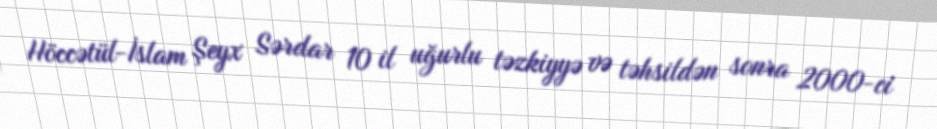
Höccətül-İslam Şeyx Sərdar 10 il uğurlu təzkiyyə və təhsildən sonra 2000-ci